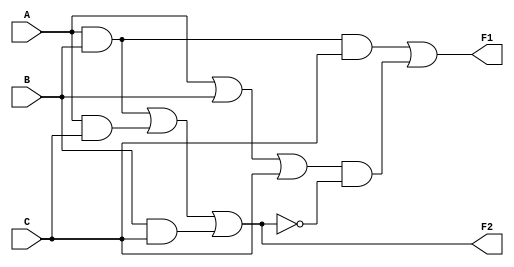
module circuit(A,B,C,F1,F2);
  input A,B,C;
  output F1,F2;
  wire T1,T2,T3,F2not,E1,E2,E3;
  or g1(T1,A,B,C);
  and g2(T2,A,B,C);
  and g3(E1,A,B);
  and g4(E2,A,C);
  and g5(E3,B,C);
  or g6(F2,E1,E2,E3);
  not g7(F2not,F2);
  and g8(T3,T1,F2not);
  or g9(F1,T2,T3);
endmodule